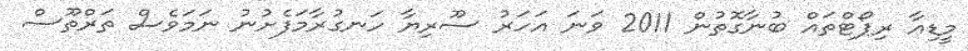
މީޑިއާ ރިޕޯޓްތައް ބުނާގޮތުން 2011 ވަނަ އަހަރު ސޫރިޔާ ހަނގުރާމަފެށުނު ނަމަވެސް ތަރްތޫސް